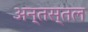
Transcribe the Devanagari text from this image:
अन्तस्तल